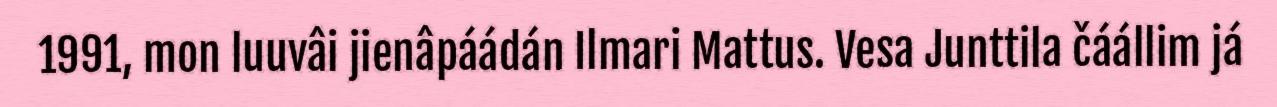
1991, mon luuvâi jienâpáádán Ilmari Mattus. Vesa Junttila čáállim já